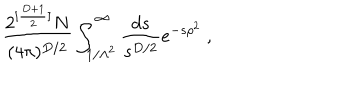
\frac { 2 ^ { [ \frac { D + 1 } { 2 } ] } N } { ( 4 \pi ) ^ { D / 2 } } \int _ { 1 / \Lambda ^ { 2 } } ^ { \infty } \frac { d s } { s ^ { D / 2 } } e ^ { - s \rho ^ { 2 } } ~ ,